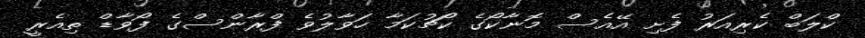
ކްލަބް ކެރިއަރު ފެށި އޭއެސް މޮނާކޯގެ ކޯޗުކަމާ ހަވާލުވެ ފްރާންސްގެ ފޯވާޑް ތިއެރީ